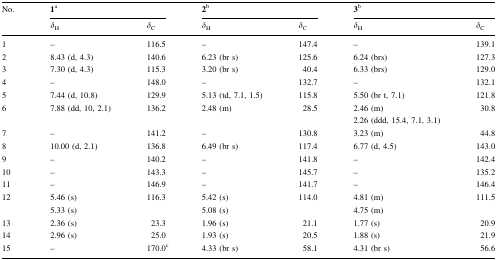
| <ROWSPAN=2> No. | <COLSPAN=2> 1a | <COLSPAN=2> 2b | <COLSPAN=2> 3b |
 | δH | δC | δH | δC | δH | δC |
 | --- | --- | --- | --- | --- | --- | --- |
 | 1 | – | 116.5 | – | 147.4 | – | 139.1 |
 | 2 | 8.43 (d, 4.3) | 140.6 | 6.23 (br s) | 125.6 | 6.24 (brs) | 127.3 |
 | 3 | 7.30 (d, 4.3) | 115.3 | 3.20 (br s) | 40.4 | 6.33 (brs) | 129.0 |
 | 4 | – | 148.0 | – | 132.7 | – | 132.1 |
 | 5 | 7.44 (d, 10.8) | 129.9 | 5.13 (td, 7.1, 1.5) | 115.8 | 5.50 (br t, 7.1) | 121.8 |
 | 6 | 7.88 (dd, 10, 2.1) | 136.2 | 2.48 (m) | 28.5 | 2.46 (m) | 30.8 |
 |  |  |  |  |  | 2.26 (ddd, 15.4, 7.1, 3.1) |  |
 | 7 | – | 141.2 | – | 130.8 | 3.23 (m) | 44.8 |
 | 8 | 10.00 (d, 2.1) | 136.8 | 6.49 (br s) | 117.4 | 6.77 (d, 4.5) | 143.0 |
 | 9 | – | 140.2 | – | 141.8 | – | 142.4 |
 | 10 | – | 143.3 | – | 145.7 | – | 135.2 |
 | 11 | – | 146.9 | – | 141.7 | – | 146.4 |
 | 12 | 5.46 (s) | 116.3 | 5.42 (s) | 114.0 | 4.81 (m) | 111.5 |
 |  | 5.33 (s) |  | 5.08 (s) |  | 4.75 (m) |  |
 | 13 | 2.36 (s) | 23.3 | 1.96 (s) | 21.1 | 1.77 (s) | 20.9 |
 | 14 | 2.96 (s) | 25.0 | 1.93 (s) | 20.5 | 1.88 (s) | 21.9 |
 | 15 | – | 170.0c | 4.33 (br s) | 58.1 | 4.31 (br s) | 56.6 |